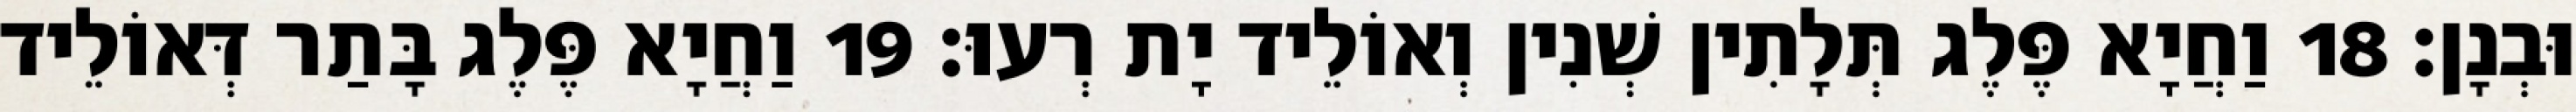
וּבְנָן׃ 18 וַחֲיָא פֶּלֶג תְּלָתִין שְׁנִין וְאוֹלֵיד יָת רְעוּ׃ 19 וַחֲיָא פֶּלֶג בָּתַר דְּאוֹלֵיד